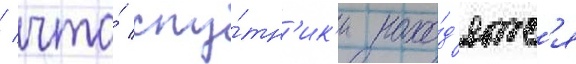
/ что́ спу́тн'ик'и нахо́д'ятс'я